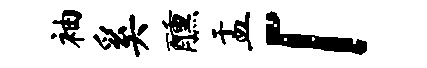
袖奚醺盂「